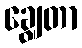
ချွေတာ